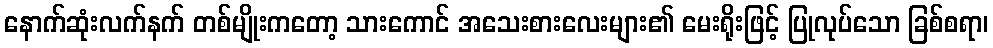
နောက်ဆုံးလက်နက် တစ်မျိုးကတော့ သားကောင် အသေးစားလေးများ၏ မေးရိုးဖြင့် ပြုလုပ်သော ခြစ်စရာ၊